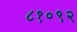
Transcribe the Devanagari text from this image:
८१०९२